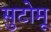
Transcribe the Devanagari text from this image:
सुटोमू